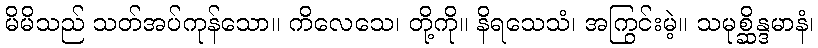
မိမိသည် သတ်အပ်ကုန်သော။ ကိလေသေ၊ တို့ကို။ နိရသေသံ၊ အကြွင်းမဲ့။ သမုစ္ဆိန္ဒမာနံ၊